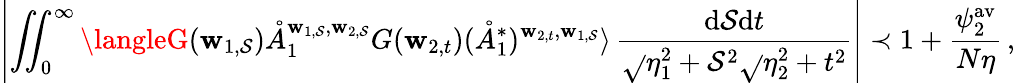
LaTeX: \left|\iint_{0}^{\infty}\langleG(\mathbf{w}_{1,\mathcal{S}})\mathring{A}_{1}^{\mathbf{w}_{1,\mathcal{S}},\mathbf{w}_{2,\mathcal{S}}}G(\mathbf{w}_{2,t})(\mathring{A}_{1}^{*})^{\mathbf{w}_{2,t},\mathbf{w}_{1,\mathcal{S}}}\rangle\, \frac{{\mathrm{{d}}\mathcal{S}\mathrm{{d}}t}}{{\sqrt{}{{\eta_{1}^{2}+\mathcal{S}^{2}}}\sqrt{}{{\eta_{2}^{2}+t^{2}}}}}\right|\prec1+\frac{{\psi_{2}^{\mathrm{{av}}}}}{{N\eta}}\, ,